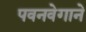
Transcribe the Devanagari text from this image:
पवनवेगाने